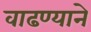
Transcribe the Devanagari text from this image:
वाढण्याने